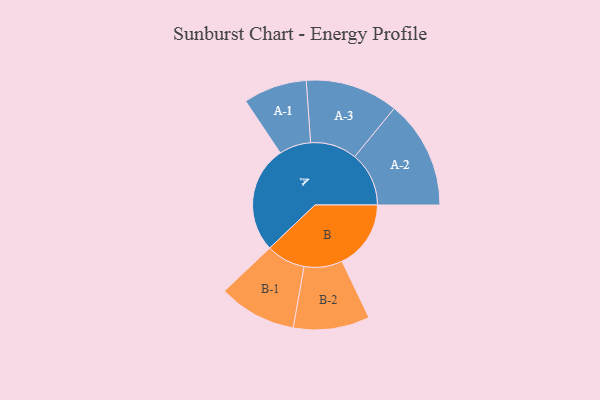
{"axis": {"x": "Segment", "y": "Value"}, "legend": ["", "A", "B"], "data": [{"x": "A", "y": 400, "type": ""}, {"x": "B", "y": 258, "type": ""}, {"x": "A-1", "y": 119, "type": "A"}, {"x": "A-2", "y": 203, "type": "A"}, {"x": "A-3", "y": 174, "type": "A"}, {"x": "B-1", "y": 146, "type": "B"}, {"x": "B-2", "y": 143, "type": "B"}]}